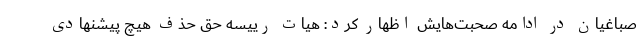
صباغیان در ادامه‌ صحبت‌هایش اظهار کرد: هیات رییسه حق حذف هیچ پیشنهادی